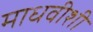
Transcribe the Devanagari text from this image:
माधवीशी